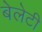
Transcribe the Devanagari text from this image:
बेलेटी